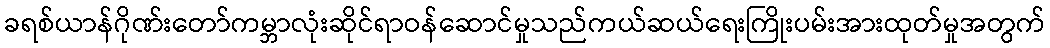
ခရစ်ယာန်ဂိုဏ်းတော်ကမ္ဘာလုံးဆိုင်ရာဝန်ဆောင်မှုသည်ကယ်ဆယ်ရေးကြိုးပမ်းအားထုတ်မှုအတွက်